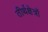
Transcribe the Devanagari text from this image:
तीर्थक्षेत्रों